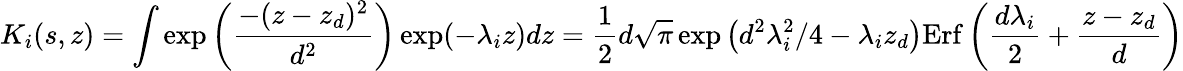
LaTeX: K_{i}(s,z)=\int\exp\bigg(\displaystyle\frac{-(z-z_{d})^{2}}{d^{2}}\bigg)\exp(-\lambda_{i}z)dz=\frac{1}{2}d\sqrt{\pi}\exp\big(d^{2}\lambda_{i}^{2}/4-\lambda_{i}z_{d}\big)\mathrm{Erf}\, {\bigg(\frac{d\lambda_{i}}{2}+\frac{z-z_{d}}{d}\bigg)}